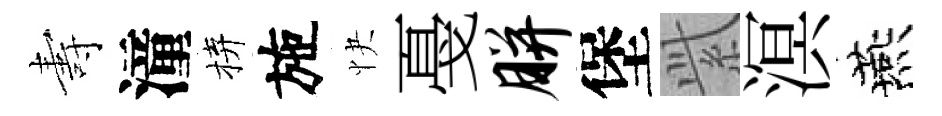
夀潼拚施快戞胼堡𬗋溟燕